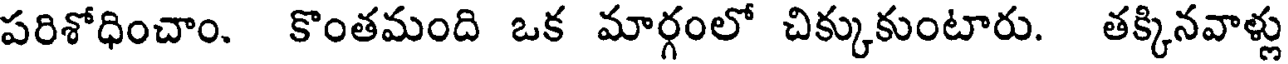
పరిశోధించాం. కొంతమంది ఒక మార్గంలో చిక్కుకుంటారు. తక్కినవాళ్లు